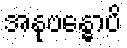
အနုဗန္ဓောပိ